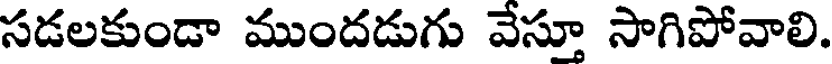
సడలకుండా ముందడుగు వేస్తూ సాగిపోవాలి.